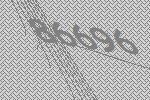
86696